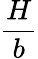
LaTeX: \frac{H}{b}